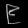
Digit: ၉